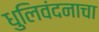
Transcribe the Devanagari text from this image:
धुलिवंदनाचा